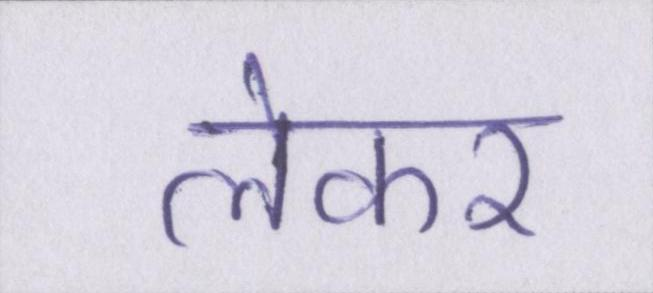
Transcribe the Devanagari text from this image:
लेकर